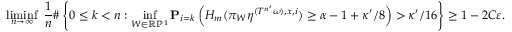
\operatorname* { l i m i n f } _ { n \to \infty } \ \frac { 1 } { n } \# \left\{ 0 \leq k < n : \operatorname* { i n f } _ { W \in \mathbb R \mathbb P ^ { 1 } } \mathbf P _ { i = k } \left( H _ { m } ( \pi _ { W } \eta ^ { ( T ^ { n ^ { \prime } } \omega ) , x , i } ) \geq \alpha - 1 + \kappa ^ { \prime } / 8 \right) > \kappa ^ { \prime } / 1 6 \right\} \geq 1 - 2 C \varepsilon .